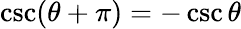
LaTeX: \csc(\theta+\pi)=-\csc\theta